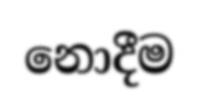
නොදීම